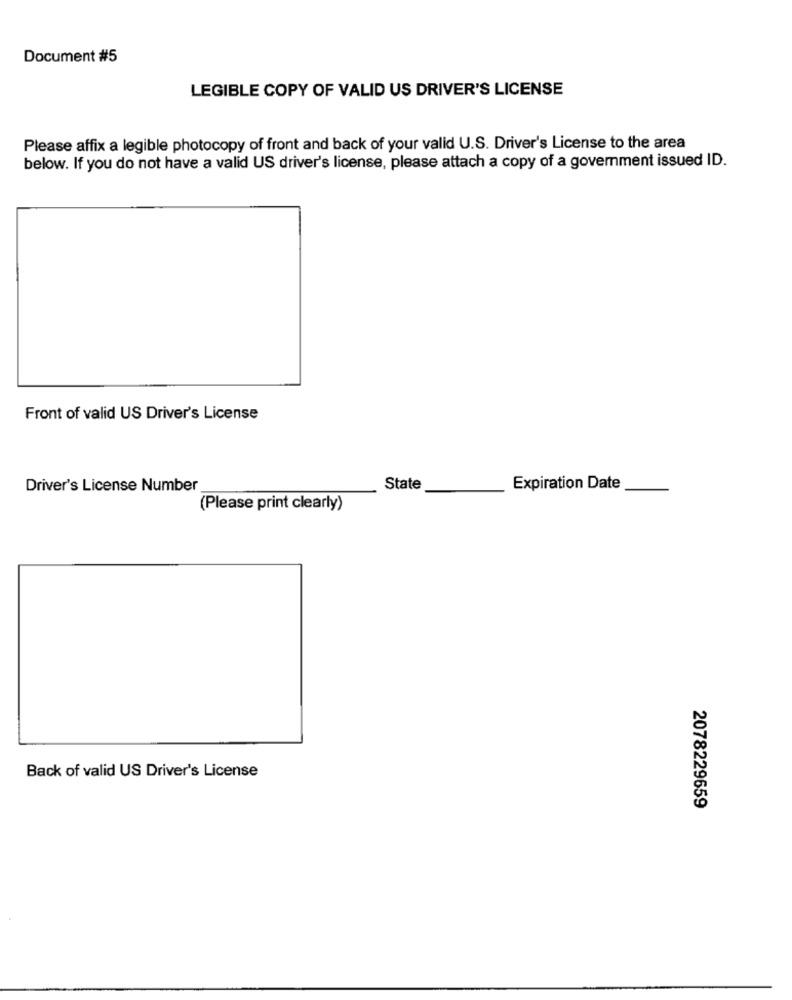
Document #5
LEGIBLE COPY OF VALID US DRIVER'S LICENSE
Please affix a legible photocopy of front and back of your valid U.S. Driver's License to the area
below. If you do not have a valid US driver's license, please attach a copy of a government issued ID.
Front of valid US Driver's License
Driver's License Number
State
Expiration Date
(Please print clearly)
Back of valid US Driver's License
2078229659